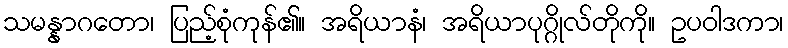
သမန္နာဂတော၊ ပြည့်စုံကုန်၏။ အရိယာနံ၊ အရိယာပုဂ္ဂိုလ်တိုကို။ ဥပဝါဒကာ၊